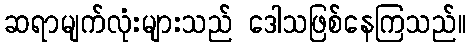
ဆရာမျက်လုံးများသည် ဒေါသဖြစ်နေကြသည်။